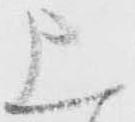
上